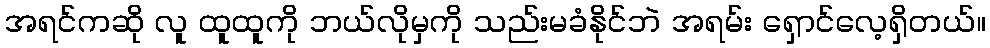
အရင်ကဆို လူ ထူထူကို ဘယ်လိုမှကို သည်းမခံနိုင်ဘဲ အရမ်း ရှောင်လေ့ရှိတယ်။